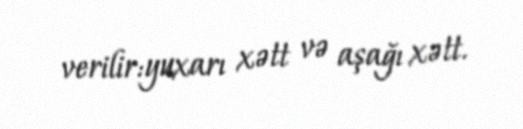
verilir:yuxarı xətt və aşağı xətt.